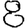
Digit: 8